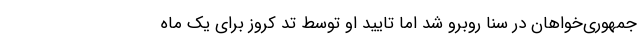
جمهوری‌خواهان در سنا روبرو شد اما تایید او توسط تد کروز برای یک ماه